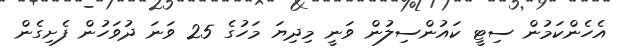
އެހެންކަމުން ސިޓީ ކައުންސިލުން ވަނީ މިދިޔަ މަހުގެ 25 ވަނަ ދުވަހުން ފެށިގެން